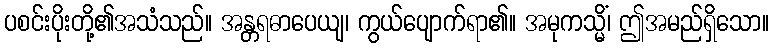
ပစင်းပိုးတို့၏အသံသည်။ အန္တရဓာပေယျ၊ ကွယ်ပျောက်ရာ၏။ အမုကသ္မိံ၊ ဤအမည်ရှိသော။